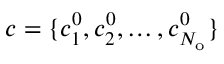
\boldsymbol { c } = \{ c _ { 1 } ^ { 0 } , c _ { 2 } ^ { 0 } , \ldots , c _ { N _ { \mathrm { o } } } ^ { 0 } \}